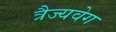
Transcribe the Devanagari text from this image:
त्रैज्यवेग